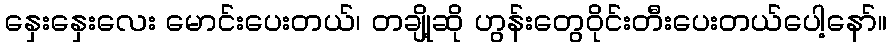
နှေးနှေးလေး မောင်းပေးတယ်၊ တချို့ဆို ဟွန်းတွေဝိုင်းတီးပေးတယ်ပေါ့နော်။